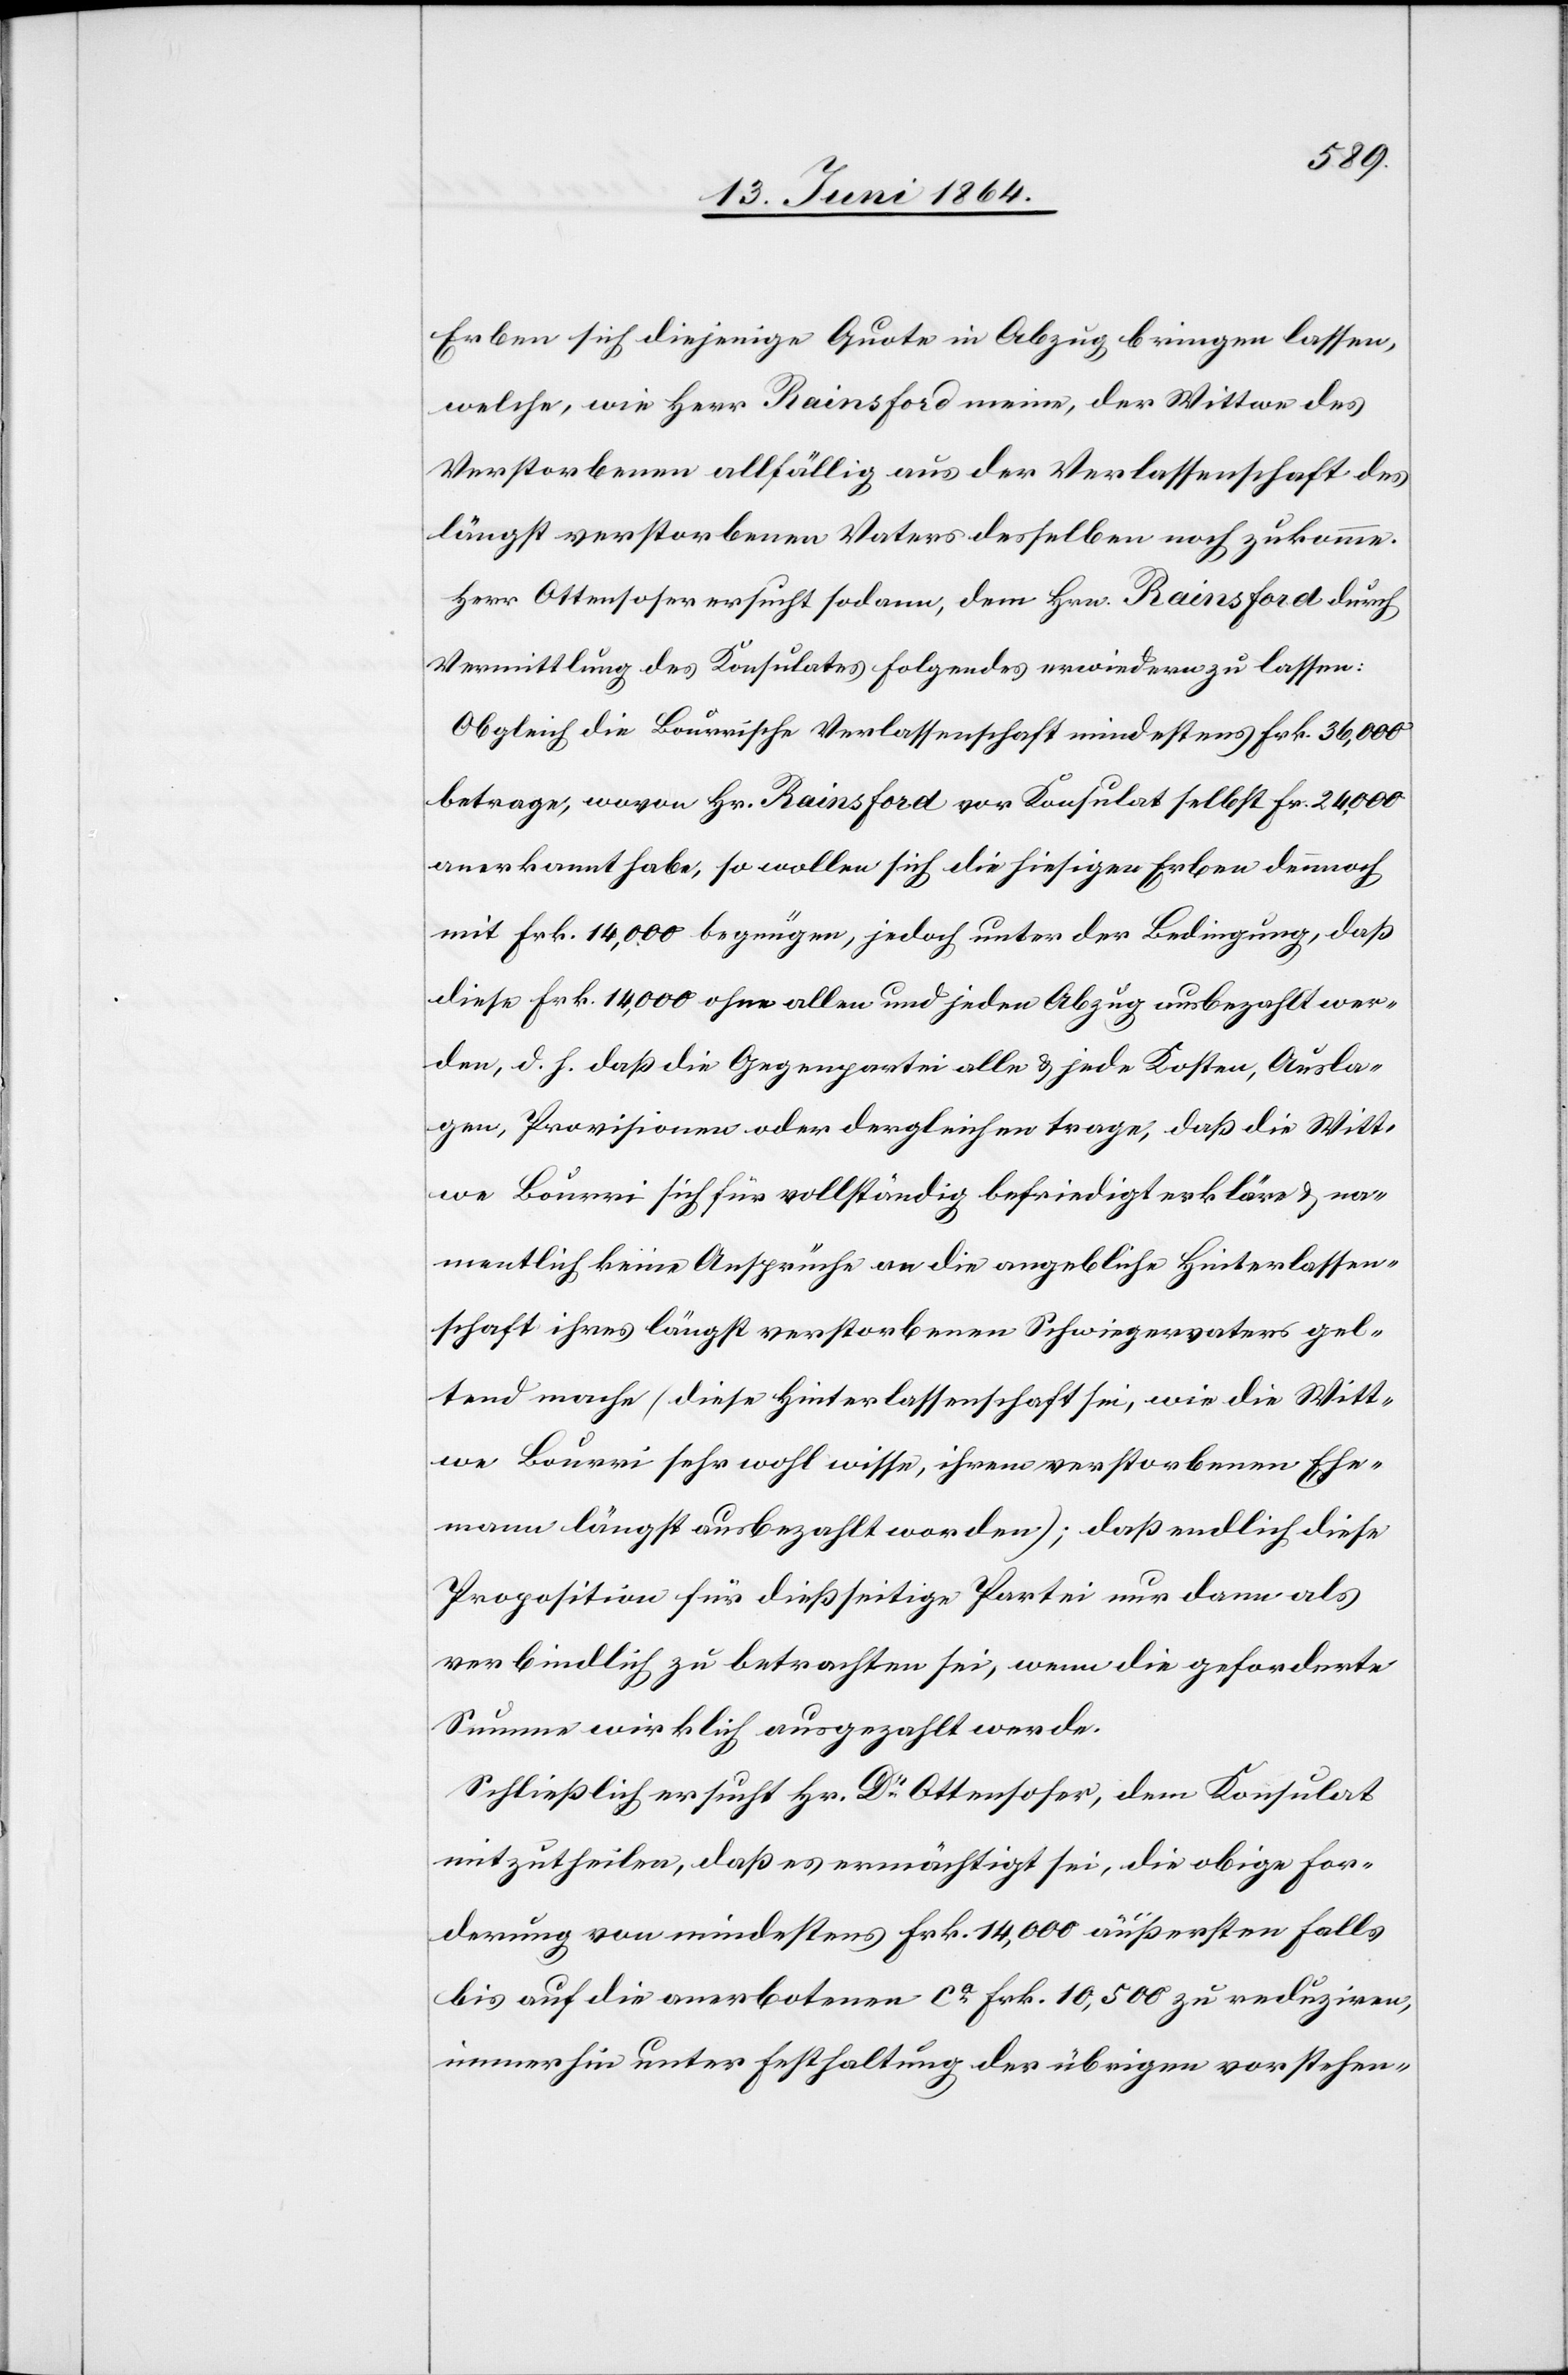
Erben sich diejenige Quote in Abzug bringen lassen,
welche, wie Herr Rainsdorf meine, der Wittwe des
Verstorbenen allfällig aus der Verlassenschaft des
längst verstorbenen Vaters desselben noch zukomme.
Herr Ottensoser ersucht sodann, dem Hrn. Rainsdorf durch
Vermittlung des Konsulates Folgendes erwiedern zu lassen:
Obgleich die Bourrische [sic!] Verlassenschaft mindestens Frk. 36,000
betrage, wovon Hr. Rainsford vor Konsulat selbst Fr. 24,000
anerkannt habe, so wollen sich die hiesigen Erben dennoch
mit Frk. 14,000 begnügen, jedoch unter der Bedingung, daß
diese Frk. 14,000 ohne allen und jeden Abzug ausbezahlt wer¬
den, d. h. daß die Gegenpartei alle u. jede Kosten, Ausla¬
gen, Provisionen oder dergleichen trage, daß die Witt¬
we Bourri sich für vollständig befriedigt erkläre u. na¬
mentlich keine Ansprüche an die angebliche Hinterlassen¬
schaft ihres längst verstorbenen Schwiegervaters gel¬
tend mache (diese Hinterlassenschaft sei, wie die Witt¬
we Bourri sehr wohl wisse, ihrem verstorbenen Ehe¬
mann längst ausbezahlt worden); daß endlich diese
Proposition für dießseitige Partei nur dann als
verbindlich zu betrachten sei, wenn die geforderte
Summe wirklich ausgezahlt werde.
Schließlich ersucht Hr. Dr Ottensoser, dem Konsulat
mitzutheilen, daß es ermächtigt sei, die obige For¬
derung von mindestens Frk. 14,000 äußersten Falls
bis auf die anerbotenen ca Frk. 10,500 zu reduziren,
immerhin unter Festhaltung der übrigen vorstehen-